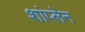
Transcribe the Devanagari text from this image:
शांप्लेन